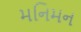
મનિમન